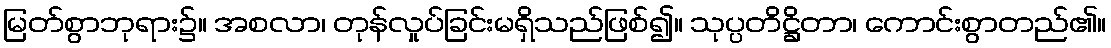
မြတ်စွာဘုရား၌။ အစလာ၊ တုန်လှုပ်ခြင်းမရှိသည်ဖြစ်၍။ သုပ္ပတိဋ္ဌိတာ၊ ကောင်းစွာတည်၏။